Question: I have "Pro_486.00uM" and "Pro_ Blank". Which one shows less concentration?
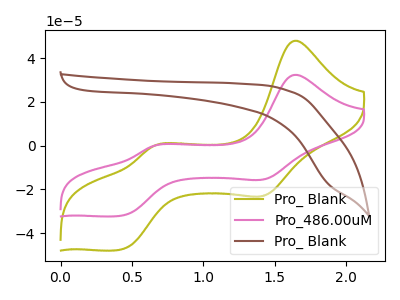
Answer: <think>The olive curve "Pro_ Blank" has anodic peaks at (1.65V, 47.95uA) (0.65V, -0.20uA) and cathodic peaks at (1.45V, -22.70uA) (0.40V, -47.50uA). The pink curve "Pro_486.00uM" has anodic peaks at (1.65V, 32.35uA) (0.65V, -0.10uA) and cathodic peaks at (1.45V, -15.35uA) (0.40V, -32.05uA). The brown curve "Pro_ Blank" has no peaks.
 All the peaks in "Pro_486.00uM" have a peak in "Pro_ Blank" at the same potential.</think>
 <answer>I cant tell if "Pro_486.00uM" or "Pro_ Blank" has higher concentration.</answer>
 <eval>mixed_concentration</eval>